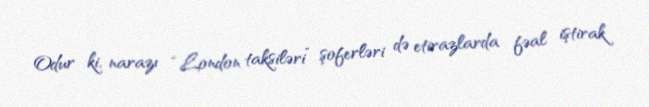
Odur ki, narazı “London taksiləri” şoferləri də etirazlarda fəal iştirak